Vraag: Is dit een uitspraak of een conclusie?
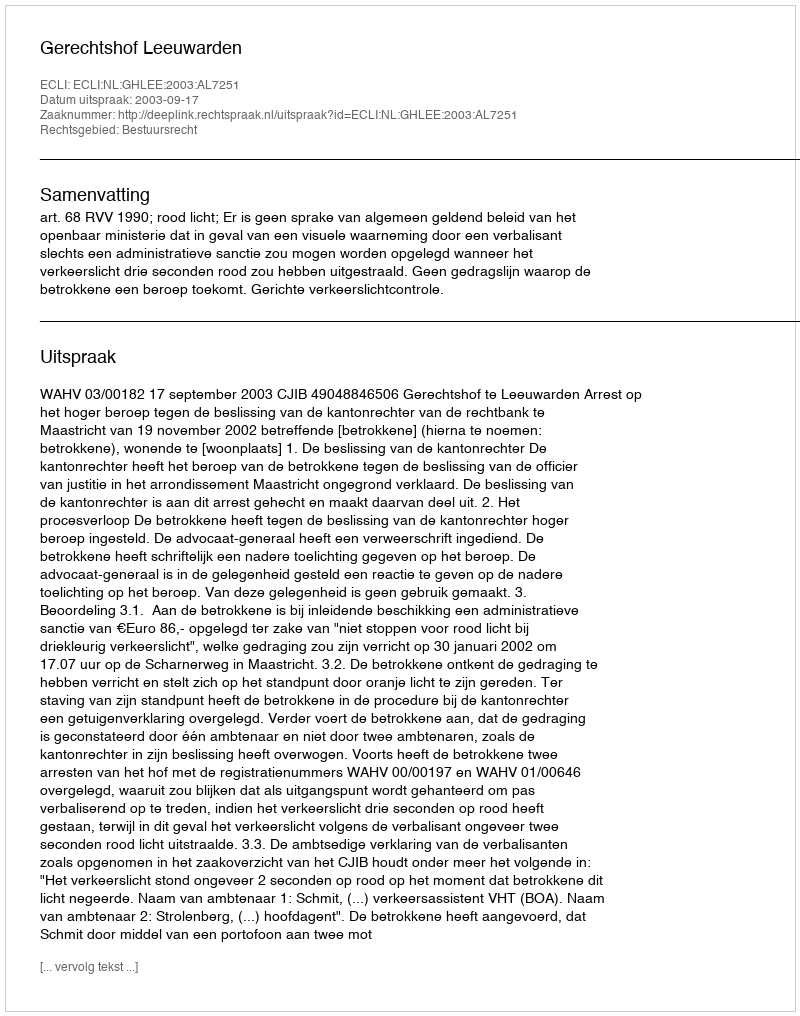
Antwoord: Uitspraak